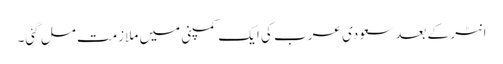
انٹر کے بعد سعودی عرب کی ایک کمپنی میں ملازمت مل گئی۔